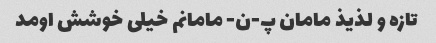
تازه و لذیذ مامان پ-ن- مامانم خیلی خوشش اومد